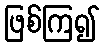
ဖြစ်ကြ၍